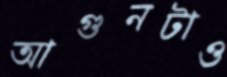
আগুনটাও